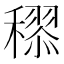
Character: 𥢩